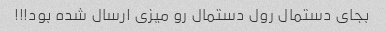
بجای دستمال رول دستمال رو میزی ارسال شده بود!!!